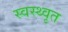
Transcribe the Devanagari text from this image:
स्वस्थ्वृत